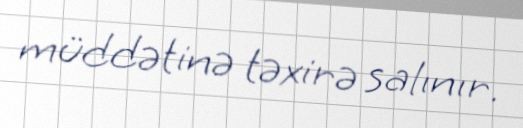
müddətinə təxirə salınır.